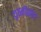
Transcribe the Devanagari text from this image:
डायनॉसॉर